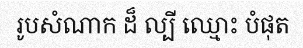
រូបសំណាក ដ៏ ល្បី ឈ្មោះ បំផុត